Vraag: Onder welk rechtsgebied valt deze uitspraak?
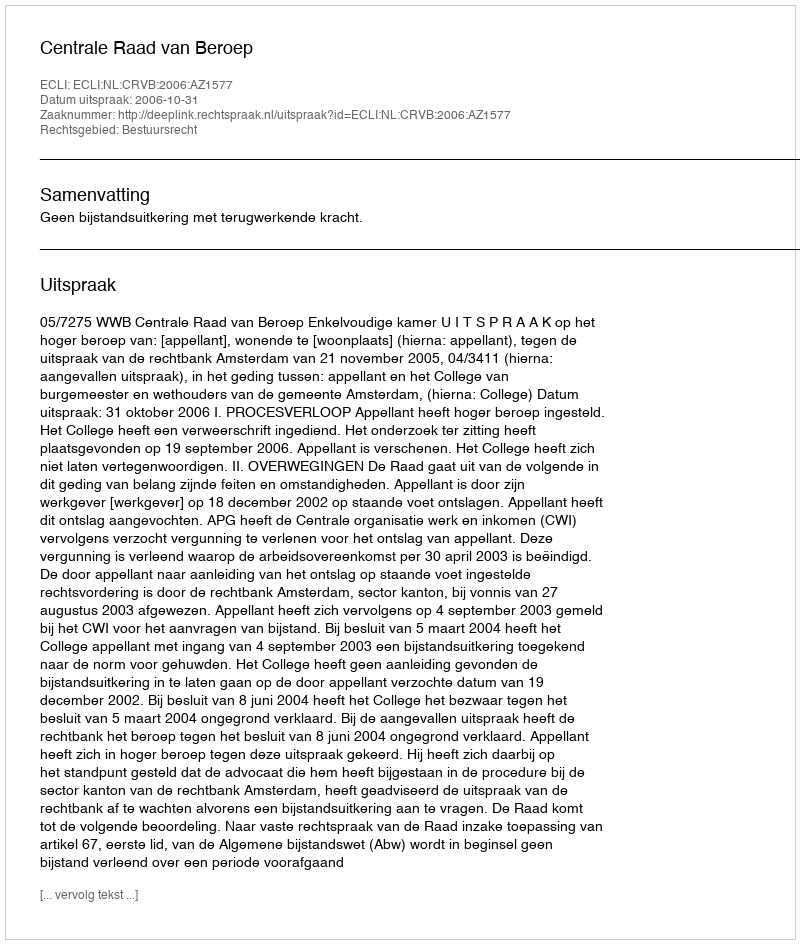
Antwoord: Bestuursrecht